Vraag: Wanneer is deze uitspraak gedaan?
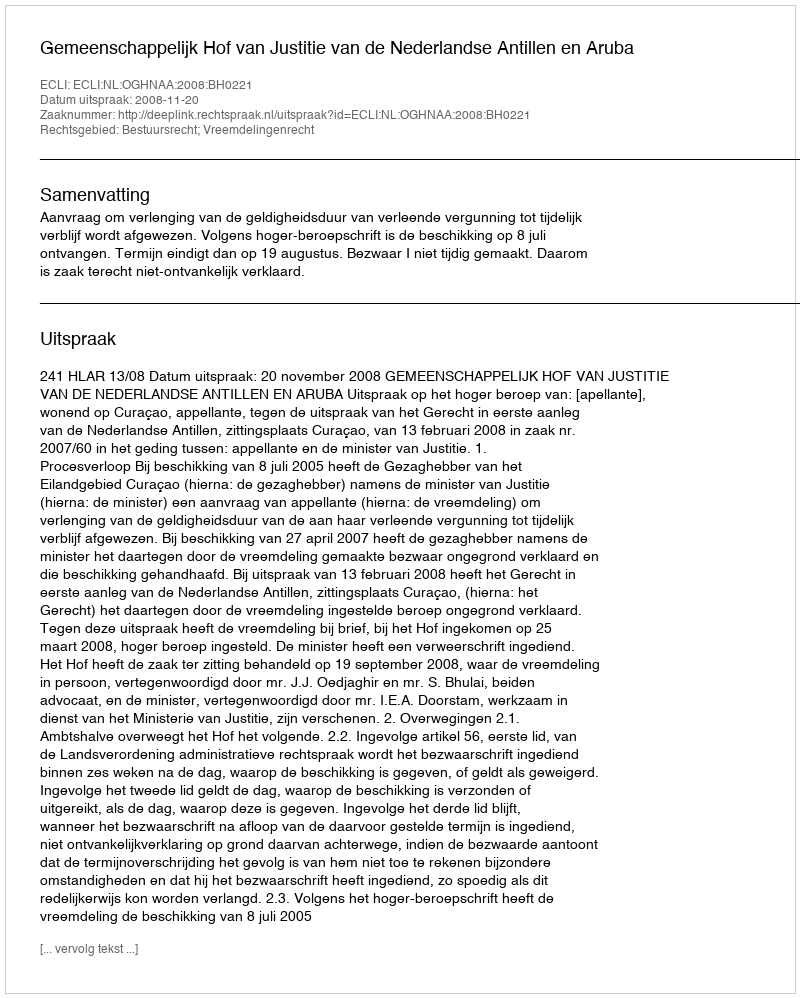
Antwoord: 2008-11-20